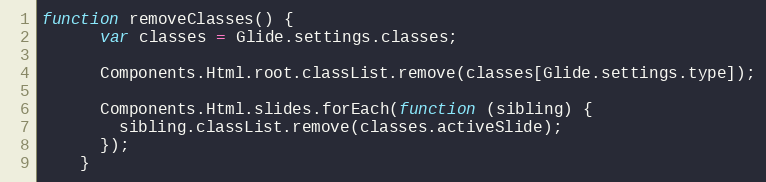
Language: JavaScript
function removeClasses() {
      var classes = Glide.settings.classes;

      Components.Html.root.classList.remove(classes[Glide.settings.type]);

      Components.Html.slides.forEach(function (sibling) {
        sibling.classList.remove(classes.activeSlide);
      });
    }